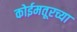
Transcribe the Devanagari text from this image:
कोईमतूरच्या